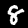
Digit: 8